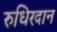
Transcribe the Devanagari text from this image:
रुधिरदान